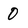
Character: 0